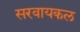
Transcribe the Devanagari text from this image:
सरवायकल